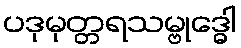
ပဒုမုတ္တရသမ္ဗုဒ္ဓေါ